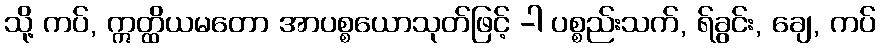
သို့ ကပ်, ဣတ္ထိယမတော အာပစ္စယောသုတ်ဖြင့် -ါ ပစ္စည်းသက်, ရ်ခွင်း, ချေ, ကပ်